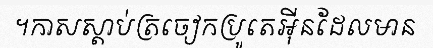
។កាសស្តាប់ត្រចៀកប្រូតេអ៊ីនដែលមាន